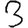
Digit: 3